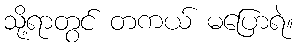
သို့ရာတွင် တကယ် မပြောရဲ။